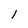
Character: I